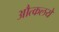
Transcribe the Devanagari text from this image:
औत्कलये